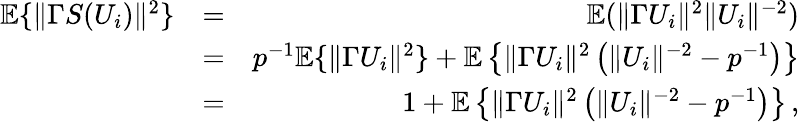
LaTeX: \begin{array}{rlr}{{\mathbb{E}}\{ \| \Gamma S(U_{i})\| ^{2}\} }&{=}&{{\mathbb{E}}(\| \Gamma U_{i}\| ^{2}\| U_{i}\| ^{-2})}\\ &{=}&{p^{-1}{\mathbb{E}}\{ \| \Gamma U_{i}\| ^{2}\} +{\mathbb{E}}\left\{ \| \Gamma U_{i}\| ^{2}\left(\| U_{i}\| ^{-2}-p^{-1}\right)\right\} }\\ &{=}&{1+{\mathbb{E}}\left\{ \| \Gamma U_{i}\| ^{2}\left(\| U_{i}\| ^{-2}-p^{-1}\right)\right\} \, ,}\end{array}